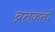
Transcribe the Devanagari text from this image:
व्रतकर्ता